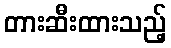
တားဆီးထားသည့်